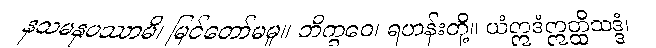
နသမနုပဿာမိ၊ မြင်တော်မမူ။ ဘိက္ခဝေ၊ ရဟန်းတို့။ ယံဣဒံဣတ္ထိသဒ္ဒံ၊